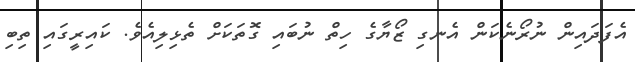
އެފަދައިން ނުރޯނެކަން އެނގި ޒޯޔާގެ ހިތް ނުބައި ގޮތަކަށް ތެޅިލިއެވެ. ކައިރީގައި ތިބި